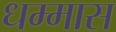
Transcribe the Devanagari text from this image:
धम्मास